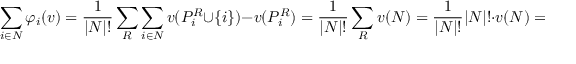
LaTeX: \sum _ { i \in N } \varphi _ { i } ( v ) = { \frac { 1 } { | N | ! } } \sum _ { R } \sum _ { i \in N } v ( P _ { i } ^ { R } \cup \left\{ i \right\} ) - v ( P _ { i } ^ { R } ) = { \frac { 1 } { | N | ! } } \sum _ { R } v ( N ) = { \frac { 1 } { | N | ! } } | N | ! \cdot v ( N ) = v ( N )